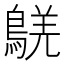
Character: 𪁸